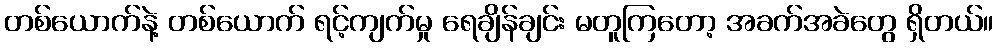
တစ်ယောက်နဲ့ တစ်ယောက် ရင့်ကျက်မှု ရေချိန်ချင်း မတူကြတော့ အခက်အခဲတွေ ရှိတယ်။